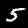
Digit: 5